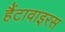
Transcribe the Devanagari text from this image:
हैंटावाइरस